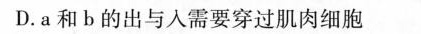
D. a和b的出与人需要穿过肌肉细胞